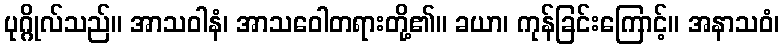
ပုဂ္ဂိုလ်သည်။ အာသဝါနံ၊ အာသဝေါတရားတို့၏။ ခယာ၊ ကုန်ခြင်းကြောင့်။ အနာသဝံ၊